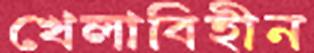
খেলাবিহীন